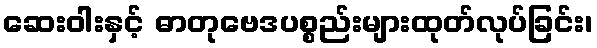
ဆေးဝါးနှင့် ဓာတုဗေဒပစ္စည်းများထုတ်လုပ်ခြင်း၊